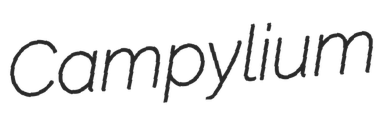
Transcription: Campylium